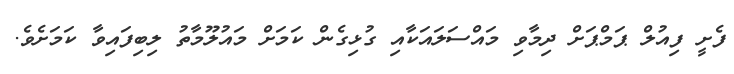
ފެށީ ފިއުލް ޕަމްޕަށް ދިމާވި މައްސަލައަކާއި ގުޅިގެން ކަމަށް މައުލޫމާތު ލިބިފައިވާ ކަމަށެވެ.